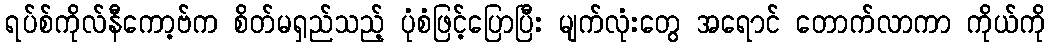
ရပ်စ်ကိုလ်နီကော့ဗ်က စိတ်မရှည်သည့် ပုံစံဖြင့်ပြောပြီး မျက်လုံးတွေ အရောင် တောက်လာကာ ကိုယ်ကို